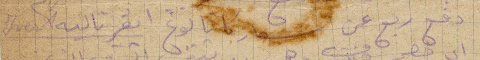
دفع ربع عن أسعار كليا نوع ايڤر تاليه